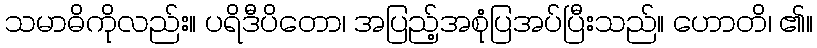
သမာဓိကိုလည်း။ ပရိဒီပိတော၊ အပြည့်အစုံပြအပ်ပြီးသည်။ ဟောတိ၊ ၏။